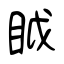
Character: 眓